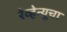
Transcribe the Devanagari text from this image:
रेव्हेन्यूचा